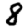
Digit: 8